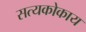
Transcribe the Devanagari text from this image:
सत्यकोकाय